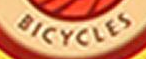
BICYCLES